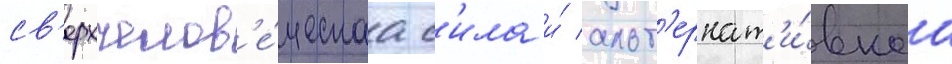
св'ерхчелов'е́ческаа с'ила и́ альт'ернат'и́внаа